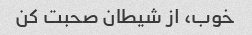
خوب، از شیطان صحبت کن